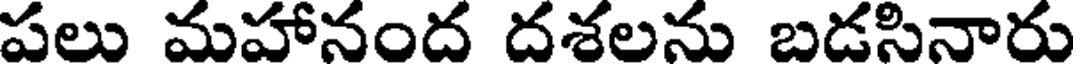
పలు మహానంద దశలను బడసినారు